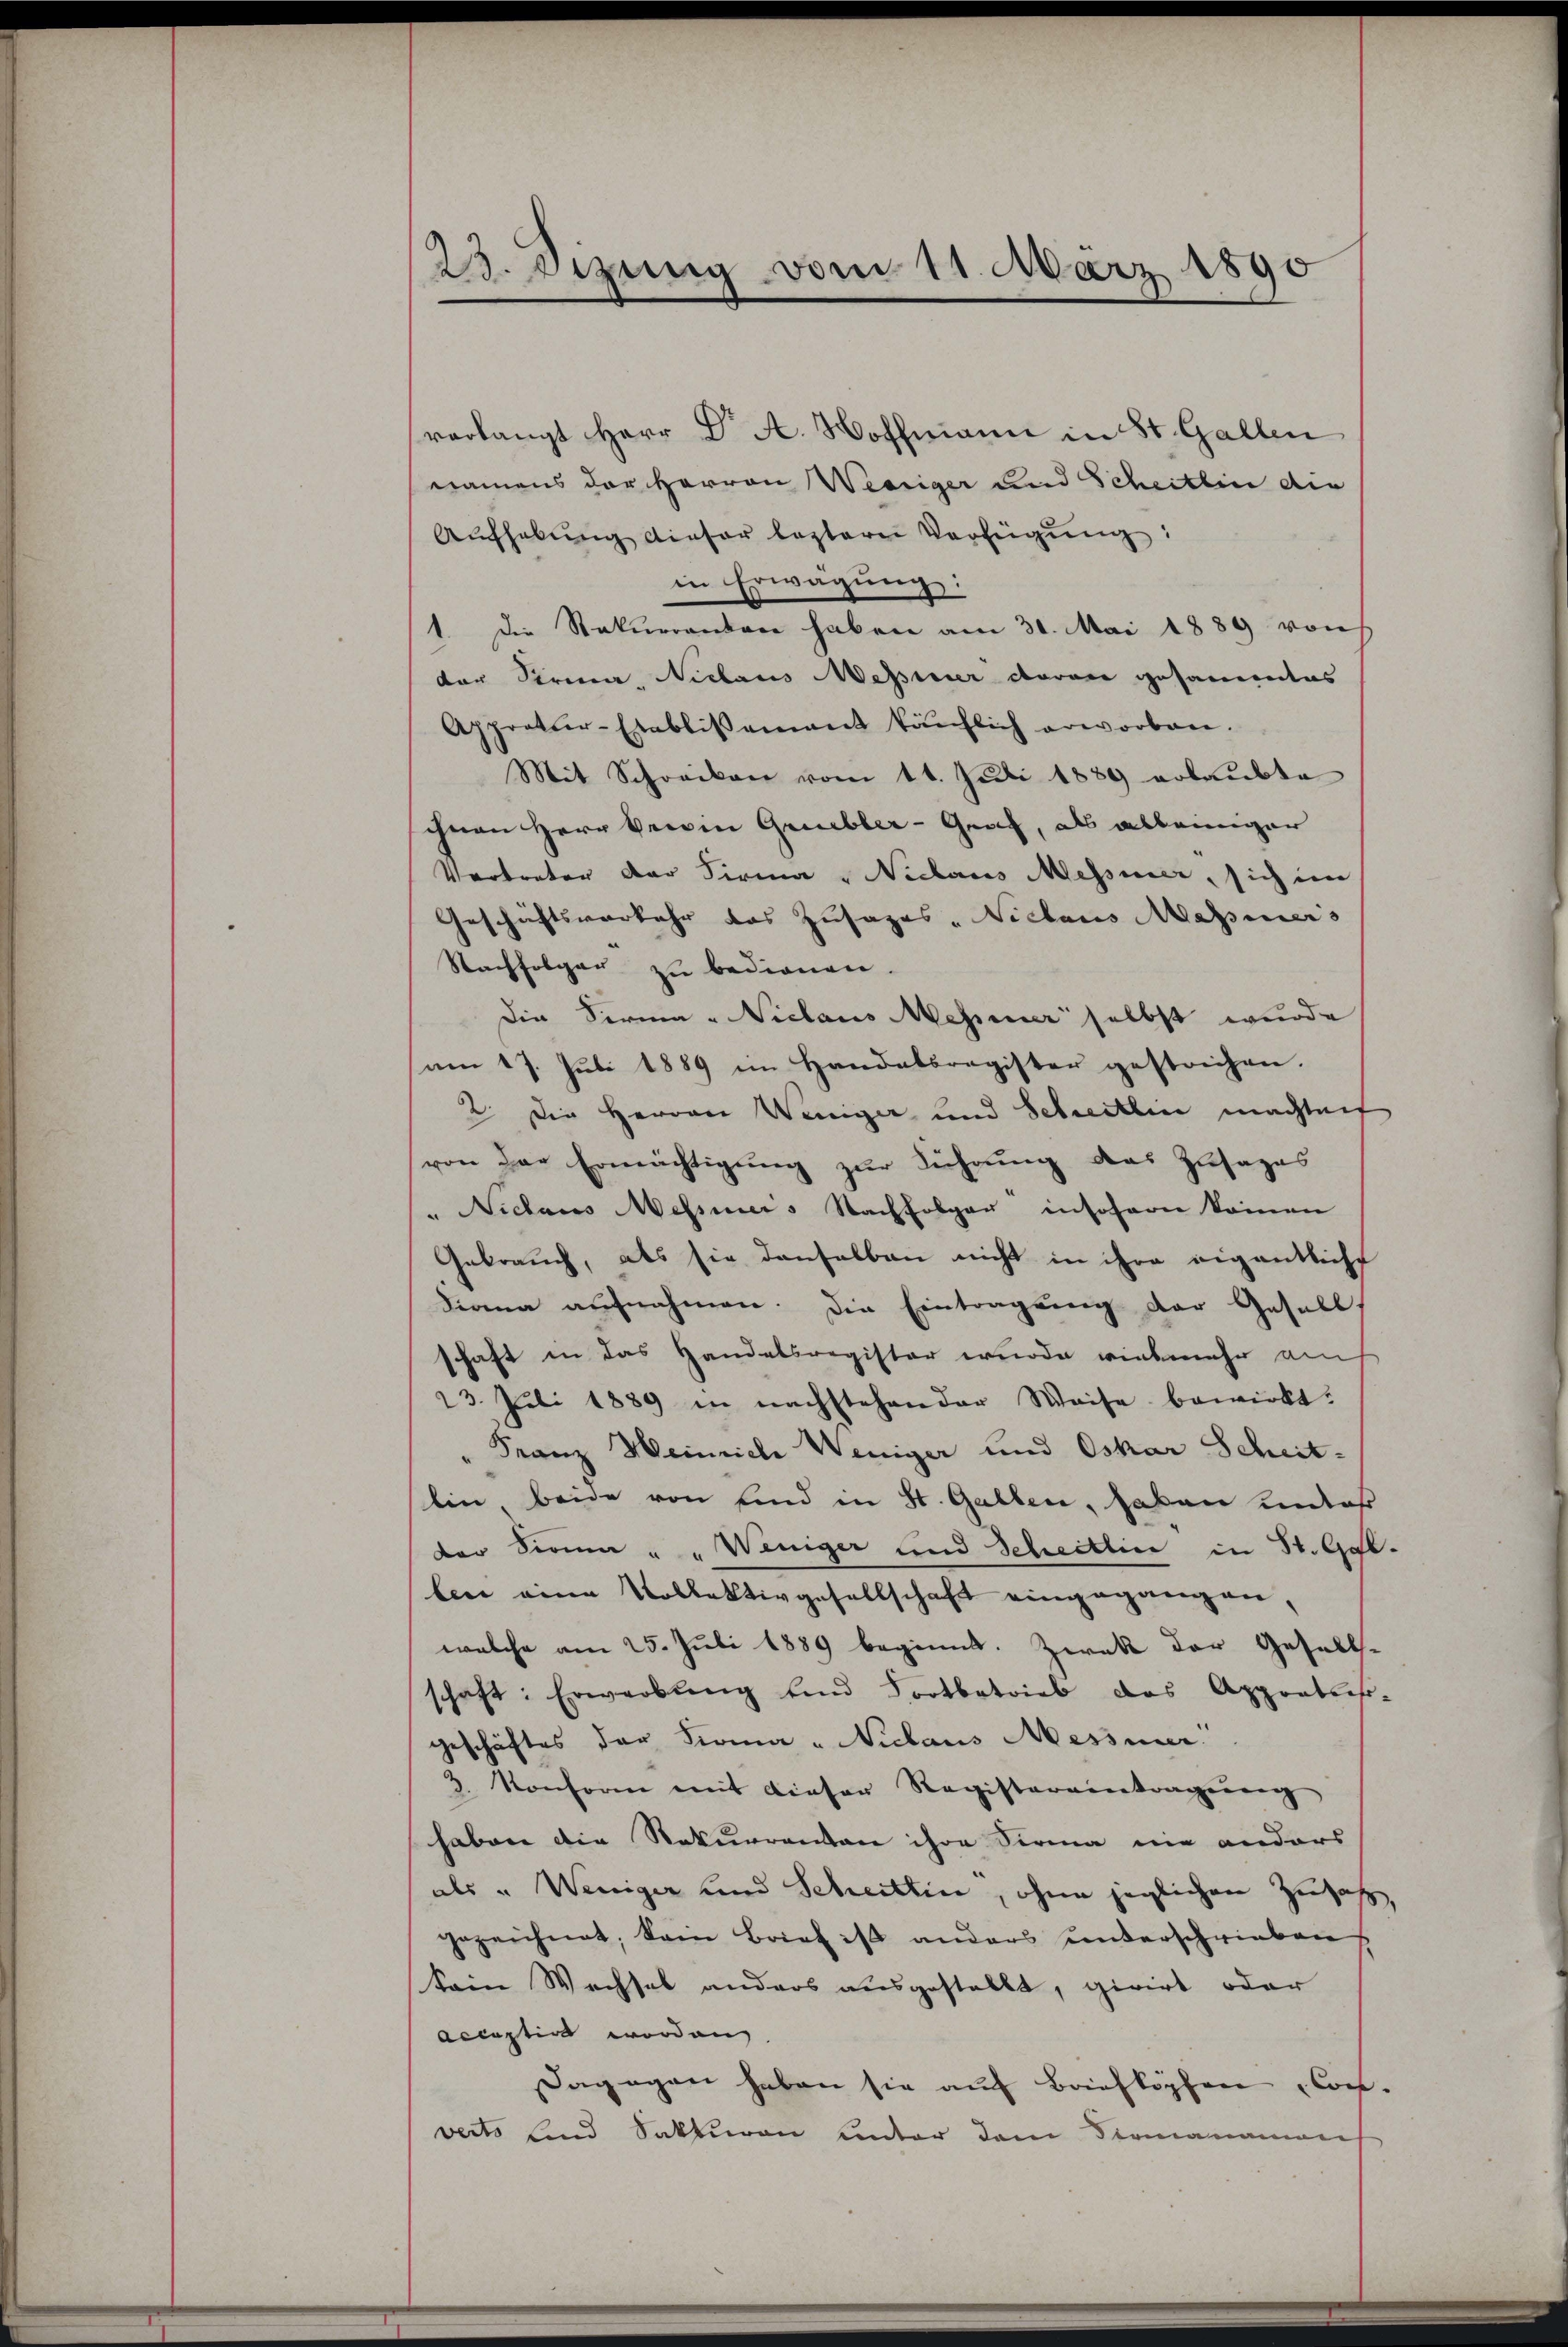
23. Dizung vom 11. März 1890

verlangt Herr Dr. A. Woffmann in St. Gallen
namens der Herren Weeriger und Scheitlin die
Aŭfhebŭng dieser leztere Verfügŭng:
in Erwägung:
1 die Staturrenten haben am 30. Mai 1889 von
der Firma, Niclaus Messiner daran gesammes
Appratur-Etablissement käŭflich erworben.
Mit Schreiben vom 11. Juli 1889 erlaubte
ihnen Herr Berein Gruebler-Graf, als alleiniger
Vertreter der Firma „Niclaus Messiner, sich im
Geschäftsverkehr das Zusatzes - Niclaus Massiers
Nachfolger zu bedienen.
Die Forma-Niclaus Messener selbst wurde
am 17. Jŭli 1889 im Handatsregister gestrichen.
2. Die Herren Weniger und Schreitlen machteit
von der Ermächtigŭng zŭr Führung das Zusages
" Niclaus Messiner Nachfolger insofern kommen
Gebrauch, als sie denselben nicht in ihre eigentliche
Diana aufnahmen. Die Eintragung der Gesell
schaft in das Handelsregister wurde vielmehr am
23. Juli 1889 in nachstehender Weise bewirkt.
" Franz Heinrich Weniger und Oskar Scheit-
lin beide von sind in St. Gallen, haben unter
der Sirna " " Weniger und Scheitlice in St. Gatben eine Kollektivgesellschaft eingegangen,
welche am 25. Juli 1889 beginnt. Zwek der Gesell-
schaft: Erwerbŭng und Fortbetrieb das Apportier-
geschäftes der Firma „Niclaus Messier
3. Konforme mit dieser Registereintragung
haben die Rekurrentan ihre Sirma nie anders
als „Weniger und Scheitlin, ohne jeglichen Zusatz,
gezeichnet, kam Brief ist anders unterschrieben
Sein Wechsel anders ausgestellt, givirt oder
acceptirt worden,
Dagegen haben sie auf Briefköpfen Con-
verts sind Sakturen unter dem Vermanamens